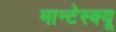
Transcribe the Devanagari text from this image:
मान्टेस्क्यू